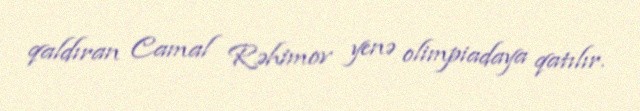
qaldıran Camal Rəhimov yenə olimpiadaya qatılır.